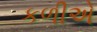
કળીએ